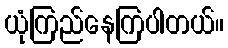
ယုံကြည်နေကြပါတယ်။